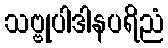
သဗ္ဗုပါဒါနပရိညံ